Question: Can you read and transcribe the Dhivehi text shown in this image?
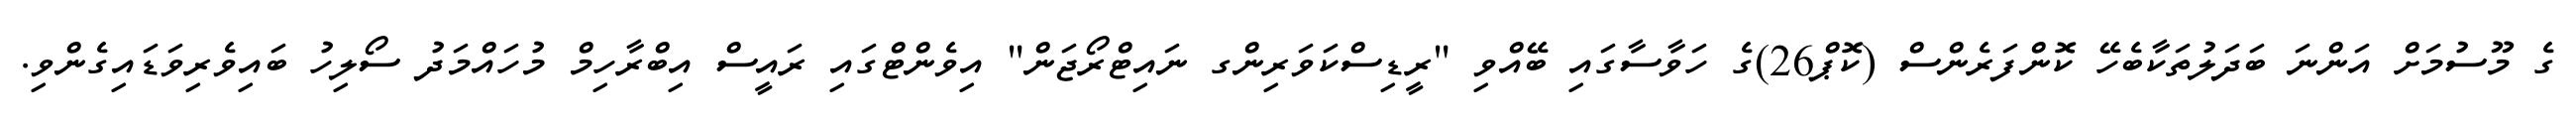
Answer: ގެ މޫސުމަށް އަންނަ ބަދަލުތަކާބެހޭ ކޮންފަރެންސް (ކޮޕް26)ގެ ހަވާސާގައި ބޭއްވި "ރީޑިސްކަވަރިންގ ނައިޓްރޯޖަން" އިވެންޓްގައި ރައީސް އިބްރާހިމް މުހައްމަދު ސޯލިހު ބައިވެރިވަޑައިގެންވި.